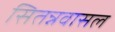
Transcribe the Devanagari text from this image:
सितन्नवासल